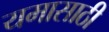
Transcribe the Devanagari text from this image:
यमासाठी